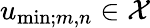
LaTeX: u_{\mathrm{min};m,n}\in\mathcal X